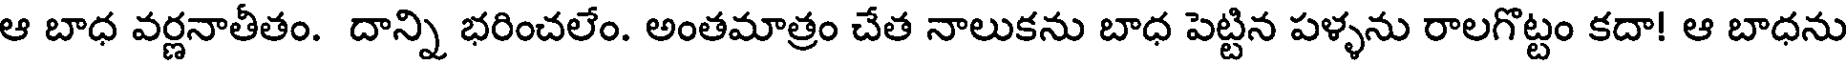
ఆ బాధ వర్ణనాతీతం. దాన్ని భరించలేం. అంతమాత్రం చేత నాలుకను బాధ పెట్టిన పళ్ళను రాలగొట్టం కదా! ఆ బాధను